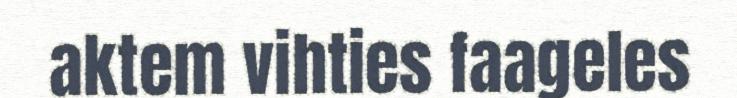
aktem vihties faageles